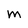
Character: M